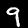
Digit: 9